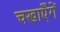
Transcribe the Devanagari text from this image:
चखाएँगें